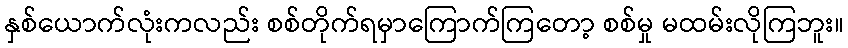
နှစ်ယောက်လုံးကလည်း စစ်တိုက်ရမှာကြောက်ကြတော့ စစ်မှု မထမ်းလိုကြဘူး။